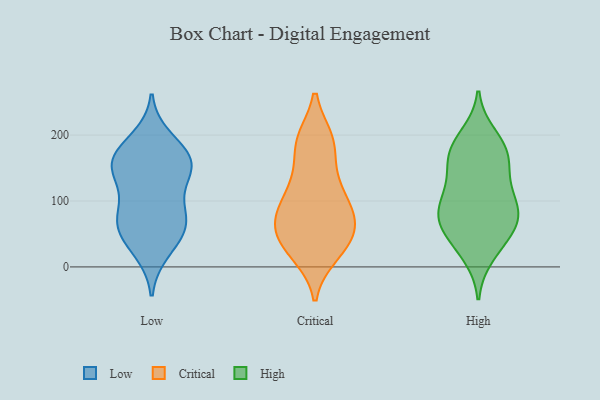
{"axis": {"x": "Demand Index", "y": "Value"}, "legend": ["Critical", "High", "Low"], "data": [{"x": "", "y": 24, "type": "Low"}, {"x": "", "y": 149, "type": "Low"}, {"x": "", "y": 91, "type": "Low"}, {"x": "", "y": 173, "type": "Low"}, {"x": "", "y": 166, "type": "Low"}, {"x": "", "y": 146, "type": "Low"}, {"x": "", "y": 75, "type": "Low"}, {"x": "", "y": 162, "type": "Low"}, {"x": "", "y": 67, "type": "Low"}, {"x": "", "y": 64, "type": "Low"}, {"x": "", "y": 127, "type": "Low"}, {"x": "", "y": 154, "type": "Low"}, {"x": "", "y": 194, "type": "Low"}, {"x": "", "y": 38, "type": "Low"}, {"x": "", "y": 64, "type": "Low"}, {"x": "", "y": 193, "type": "Critical"}, {"x": "", "y": 36, "type": "Critical"}, {"x": "", "y": 60, "type": "Critical"}, {"x": "", "y": 191, "type": "Critical"}, {"x": "", "y": 73, "type": "Critical"}, {"x": "", "y": 50, "type": "Critical"}, {"x": "", "y": 116, "type": "Critical"}, {"x": "", "y": 56, "type": "Critical"}, {"x": "", "y": 26, "type": "Critical"}, {"x": "", "y": 147, "type": "Critical"}, {"x": "", "y": 106, "type": "Critical"}, {"x": "", "y": 81, "type": "Critical"}, {"x": "", "y": 85, "type": "Critical"}, {"x": "", "y": 193, "type": "Critical"}, {"x": "", "y": 20, "type": "Critical"}, {"x": "", "y": 58, "type": "Critical"}, {"x": "", "y": 189, "type": "Critical"}, {"x": "", "y": 131, "type": "Critical"}, {"x": "", "y": 19, "type": "Critical"}, {"x": "", "y": 93, "type": "Critical"}, {"x": "", "y": 48, "type": "High"}, {"x": "", "y": 200, "type": "High"}, {"x": "", "y": 80, "type": "High"}, {"x": "", "y": 175, "type": "High"}, {"x": "", "y": 160, "type": "High"}, {"x": "", "y": 115, "type": "High"}, {"x": "", "y": 67, "type": "High"}, {"x": "", "y": 17, "type": "High"}, {"x": "", "y": 163, "type": "High"}, {"x": "", "y": 67, "type": "High"}, {"x": "", "y": 108, "type": "High"}, {"x": "", "y": 140, "type": "High"}, {"x": "", "y": 62, "type": "High"}, {"x": "", "y": 102, "type": "High"}, {"x": "", "y": 191, "type": "High"}, {"x": "", "y": 27, "type": "High"}, {"x": "", "y": 170, "type": "High"}, {"x": "", "y": 92, "type": "High"}, {"x": "", "y": 73, "type": "High"}]}